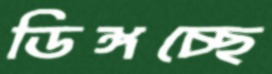
ডিঙ্গচ্ছে